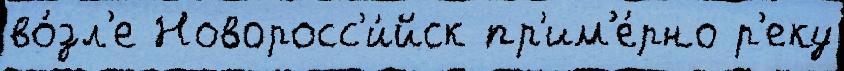
во́зл'е Новоросс'и́йск пр'им'е́рно р'еку